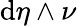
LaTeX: \mathrm{d}\eta\wedge\nu